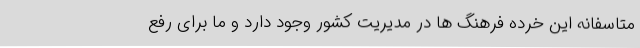
متاسفانه این خرده فرهنگ ها در مدیریت کشور وجود دارد و ما برای رفع